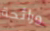
ورائحة